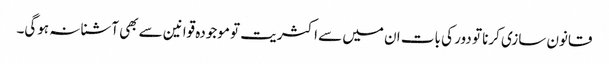
قانون سازی کرنا تو دور کی بات ان میں سے اکثریت تو موجودہ قوانین سے بھی آشنا نہ ہوگی۔